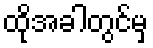
ထိုအခါတွင်မှ